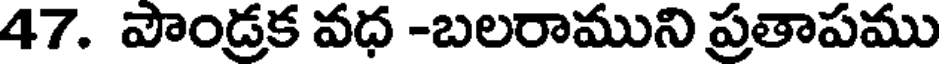
47. పౌండ్రక వధ -బలరాముని ప్రతాపము